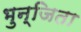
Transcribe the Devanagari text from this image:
भुन्जिता